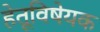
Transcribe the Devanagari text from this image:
हेतूविषेयक